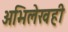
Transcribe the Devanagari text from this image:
अभिलेखही